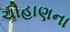
ચૌહાણના